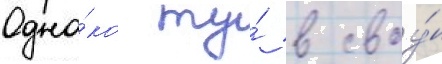
Одна́ко ту́ в своу́